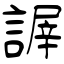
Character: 謘